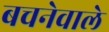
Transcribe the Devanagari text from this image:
बचनेवाले